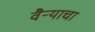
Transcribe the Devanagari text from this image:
वैऱ्याचा